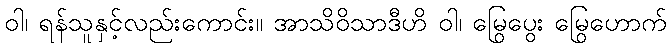
ဝါ၊ ရန်သူနှင့်လည်းကောင်း။ အာသိဝိသာဒီဟိ ဝါ၊ မြွေပွေး မြွေဟောက်